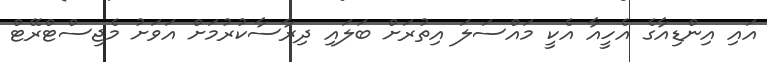
އައި އިންޑިއާގެ އެހީއާ އެކީ މައްސަލަ އިތުރަށް ބަލައި ދިރާސާކުރުމަށް އަވަށު މެޖިސްޓްރޭޓް